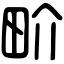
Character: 畍